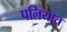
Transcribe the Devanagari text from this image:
पलियात